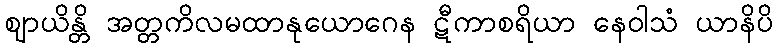
ဈာယိန္တိ အတ္တကိလမထာနုယောဂေန ဋီကာစရိယာ နေဝါသံ ယာနိပိ